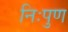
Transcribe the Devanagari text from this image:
निःपुण